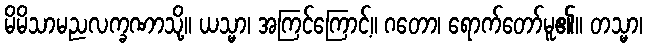
မိမိသာမညလက္ခဏာသို့။ ယသ္မာ၊ အကြင်ကြောင့်။ ဂတော၊ ရောက်တော်မူ၏။ တသ္မာ၊